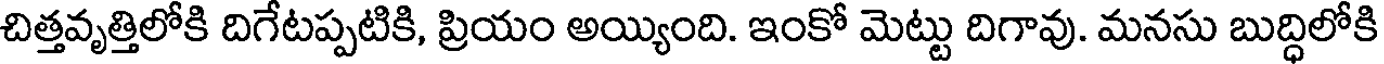
చిత్తవృత్తిలోకి దిగేటప్పటికి, ప్రియం అయ్యింది. ఇంకో మెట్టు దిగావు. మనసు బుద్ధిలోకి